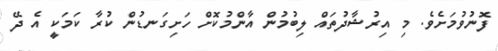
ފޮނުވުމަށެވެ. މި އިރުޝާދުތައް ލިބުމުން އާންމުކޮށް ހަށިގަނޑުން ކުރާ ކަމަކީ އެ ދޭ